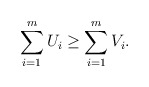
\begin{align*} \sum_{i=1}^m U_i \geq \sum_{i=1}^m V_i.\end{align*}